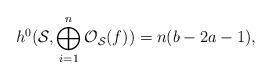
\begin{align*}h^{0} ({\cal S}, \bigoplus_{i=1}^{n}{\cal O}_{\cal S}(f))= n(b-2a-1),\end{align*}